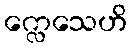
က္လေသေဟိ